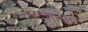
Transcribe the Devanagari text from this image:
इंटरनॅशनलने